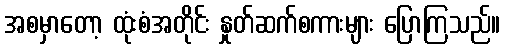
အစမှာတော့ ထုံးစံအတိုင်း နှုတ်ဆက်စကားများ ပြောကြသည်။